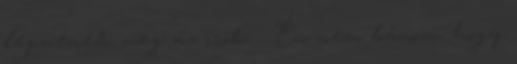
lepnének meg az írók. : Én nem bánom, hogy